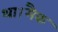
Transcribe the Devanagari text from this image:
था।मैक